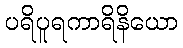
ပရိပူရကာရိနိယော